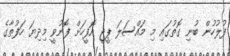
ފުލުހުން ބުނި ގޮތުގައި މި މައްސަލަ ޕީޖީ އޮފީހަށް ފޮނުވީ މިދިޔަ ހަފުތާގެ